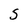
Character: S